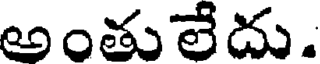
అంతులేదు.